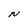
Character: N